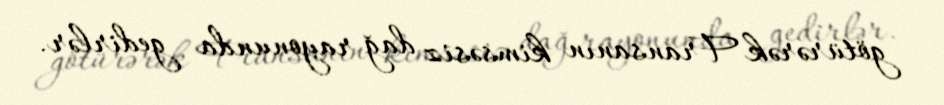
götürərək Fransanın kimsəsiz dağ rayonunda gedirlər.